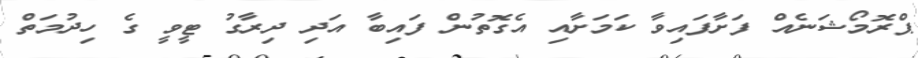
ޕްރޮމޯޝަނެއް ފަށާފައިވާ ކަމަށާއި އެގޮތުން ފައިބާ އަދި ދިރާގު ޓީވީ ގެ ހިދުމަތް